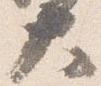
大